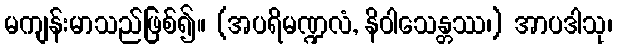
မကျန်းမာသည်ဖြစ်၍။ (အပရိမဏ္ဍလံ, နိဝါသေန္တဿ၊) အာပဒါသု၊